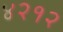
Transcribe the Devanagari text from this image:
४२१२